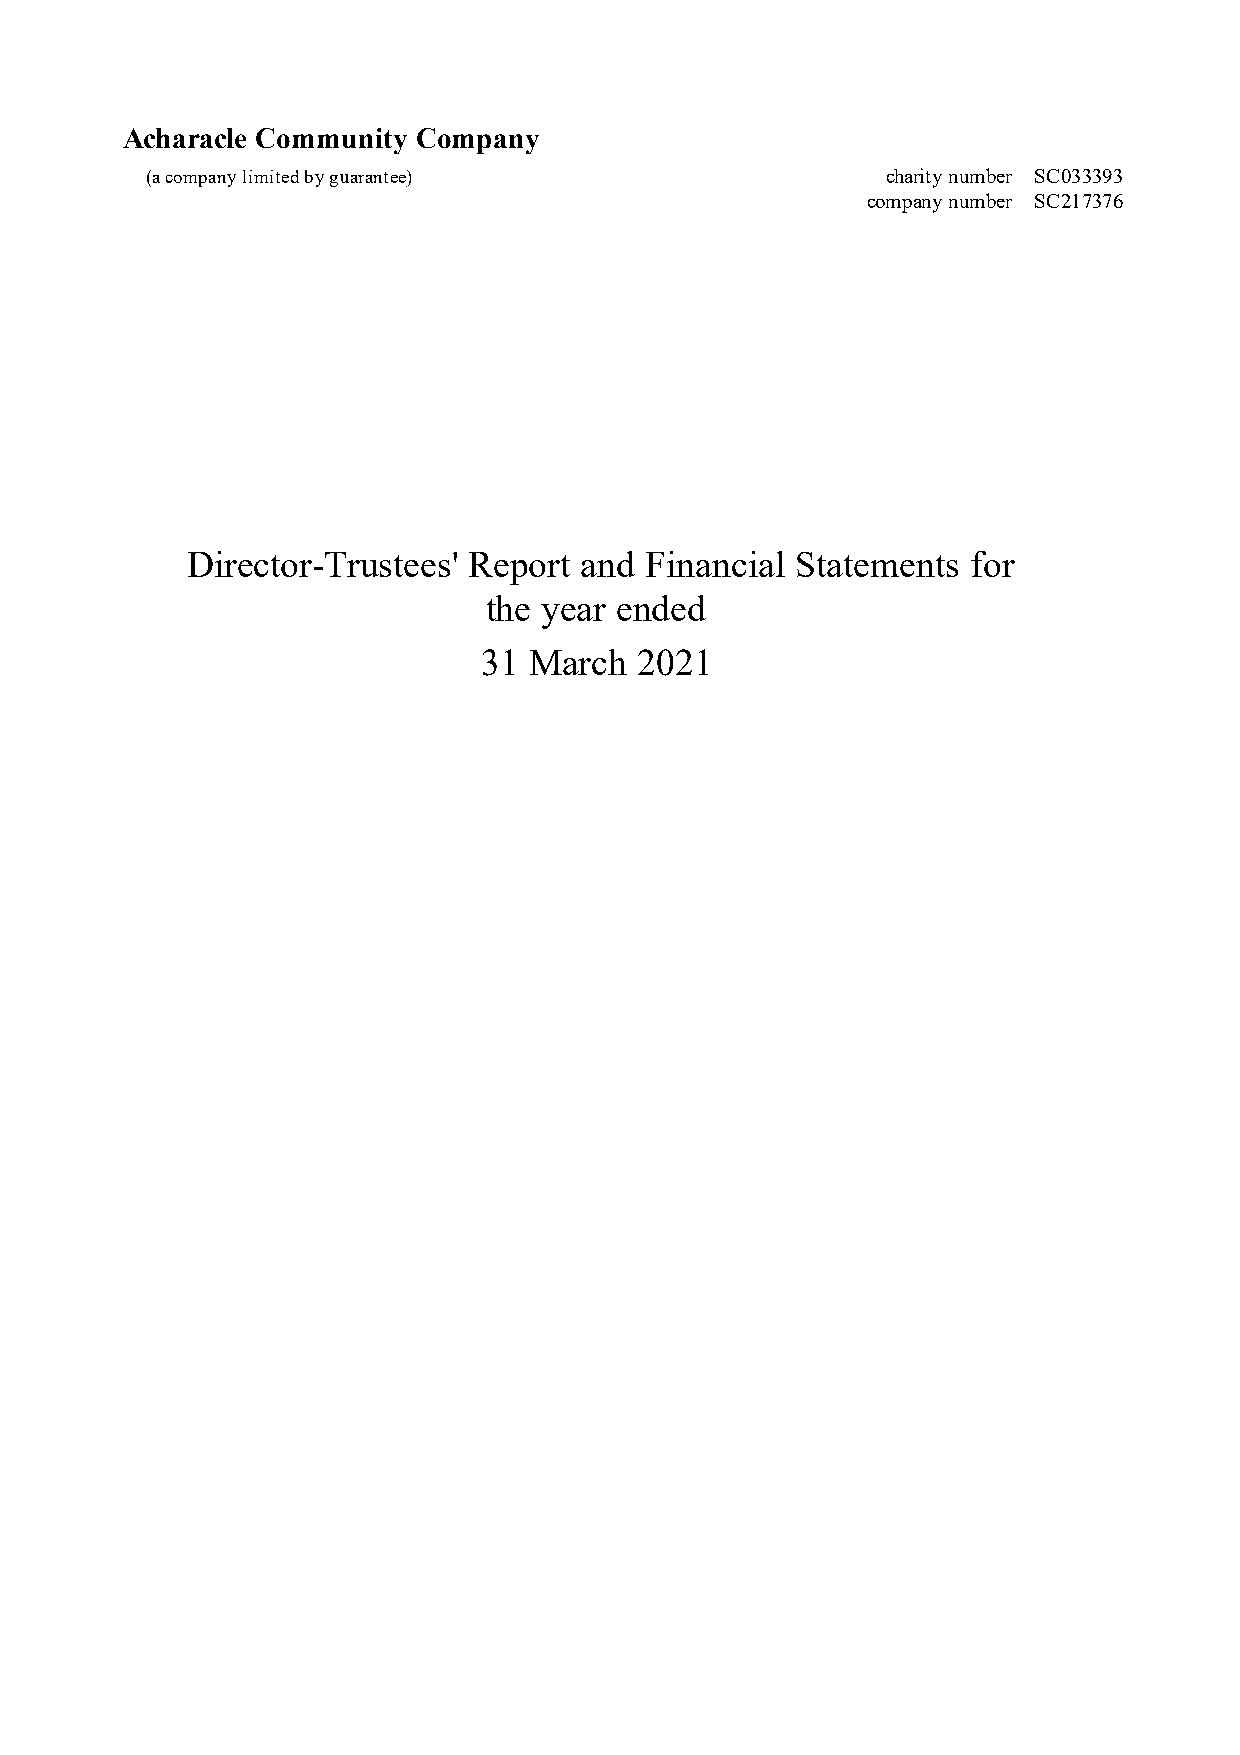
Acharacle Community Company
 (a company limited by guarantee)                 charity number SC033393
 company number SC217376
 Director-Trustees' Report and  Financial Statements for
 the year ended
 31 March  2021